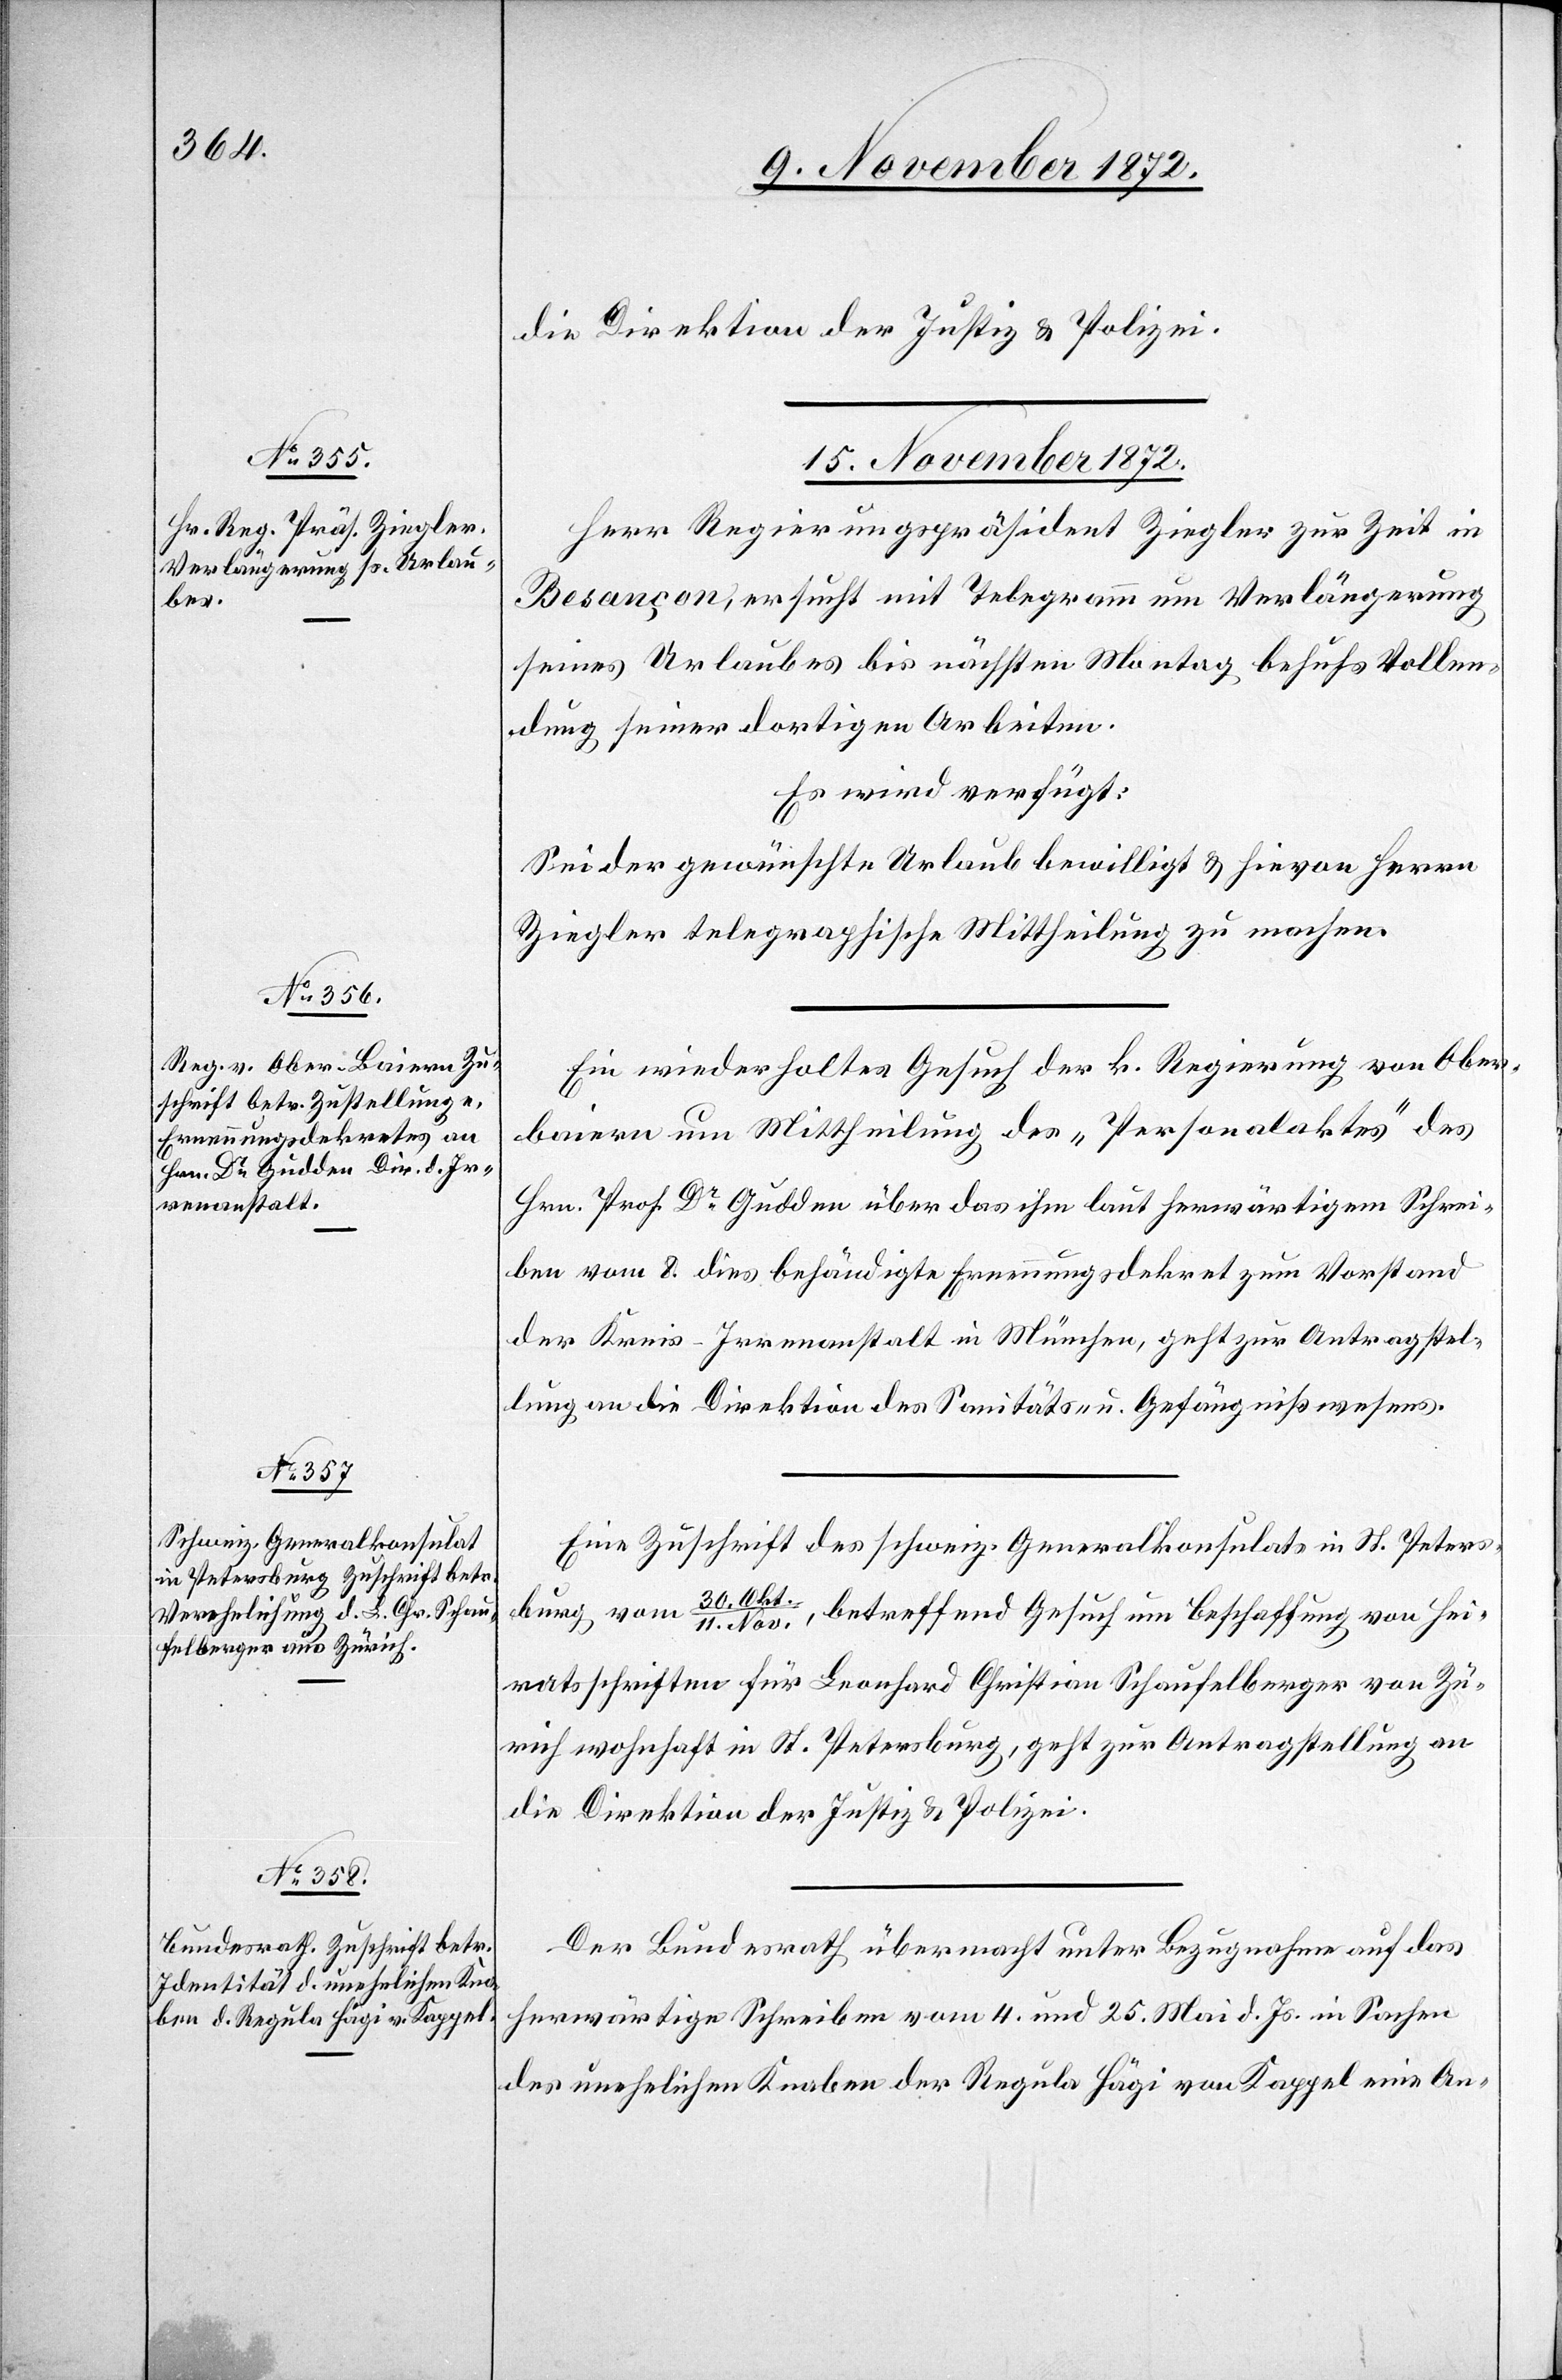
15. November 1872.]
Herr Regierungspräsident Ziegler zur Zeit in
Besançon, ersucht mit Telegramm um Verlängerung
seines Urlaubes bis nächsten Montag behufs Vollen¬
dung seiner dortigen Arbeiten.
Es wird verfügt:
Sei der gewünschte Urlaub bewillig u. hievon Herrn
Ziegler telegraphische Mittheilung zu machen.
Ein wiederholtes Gesuch der k. Regierung von Ober¬
baiern um Mittheilung des „Personalaktes“ des
Hrn. Prof. Dr Gudden über das ihm laut herwärtigem Schrei¬
ben vom 8. dies behändigte Ernennungsdekret zum Vorstand
der Kreis-Irrenanstalt in München, geht zur Antragstel¬
lung an die Direktion des Sanitäts- u. Gefängnißwesens.
Eine Zuschrift des schweiz. Generalkonsulats in St. Peters¬
burg vom 30. Okt./11. Nov., betreffend Gesuch um Beschaffung von Hei¬
ratsschriften für Leonhard Christian Schaufelberger von Zü¬
rich wohnhaft in St. Petersburg, geht zur Antragstellung an
die Direktion der Justiz u. Polizei.
Der Bundesrath übermacht unter Bezugnahme auf das
herwärtige Schreiben vom 4. und 25. Mai d. Js. in Sachen
des unehelichen Knaben der Regula Hägi von Kappel eine An-